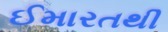
ઈમારતથી